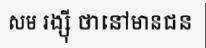
សម រង្ស៊ី ថានៅមានជន